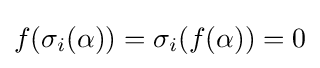
f(\sigma _{i}(\alpha ))=\sigma _{i}(f(\alpha ))=0